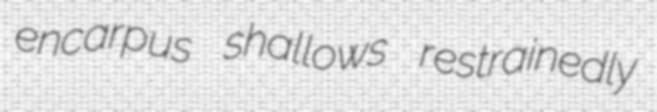
encarpus shallows restrainedly